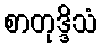
စာတုဒ္ဒိသံ